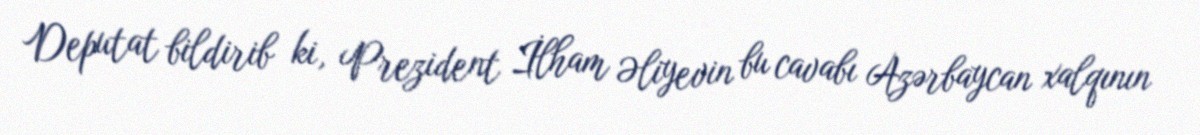
Deputat bildirib ki, Prezident İlham Əliyevin bu cavabı Azərbaycan xalqının